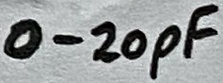
Text: 0-20pF